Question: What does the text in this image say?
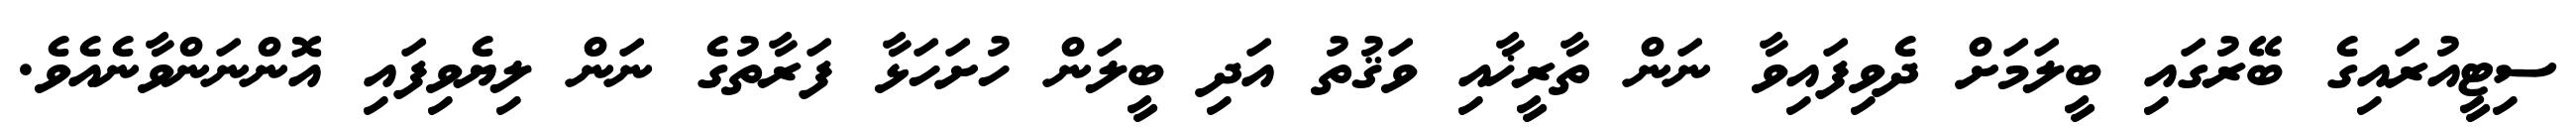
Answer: ސިޓީއުރައިގެ ބޭރުގައި ބީލަމަށް ދެވިފައިވާ ނަން ތާރީޚާއި ވަޤުތު އަދި ބީލަން ހުށަހަޅާ ފަރާތުގެ ނަން ލިޔެވިފައި އޮންނަންވާނެއެވެ.